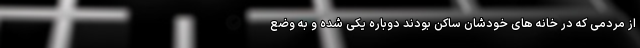
از مردمی که در خانه های خودشان ساکن بودند دوباره یکی شده و به وضع